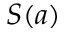
S ( a )